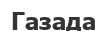
Газада